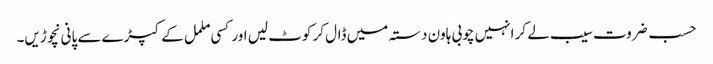
حسب ضروت سیب لے کر انہیں چوبی ہاون دستہ میں ڈال کر کوٹ لیں اور کسی ململ کے کپڑے سے پانی نچوڑیں۔